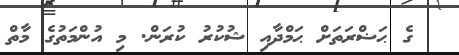
ގެ ޙަޟްރަތަށް ޙަމްދާއި ޝުކުރު ކުރަން. މި އުންމަތުގެ މާތް